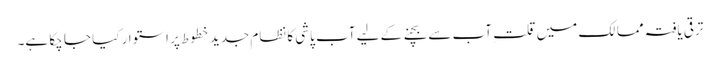
ترقی یافتہ ممالک میں قلتِ آب سے بچنے کے لیے آب پاشی کا نظام جدید خطوط پر استوار کیا جا چکا ہے۔